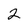
Character: 2